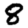
Digit: 8